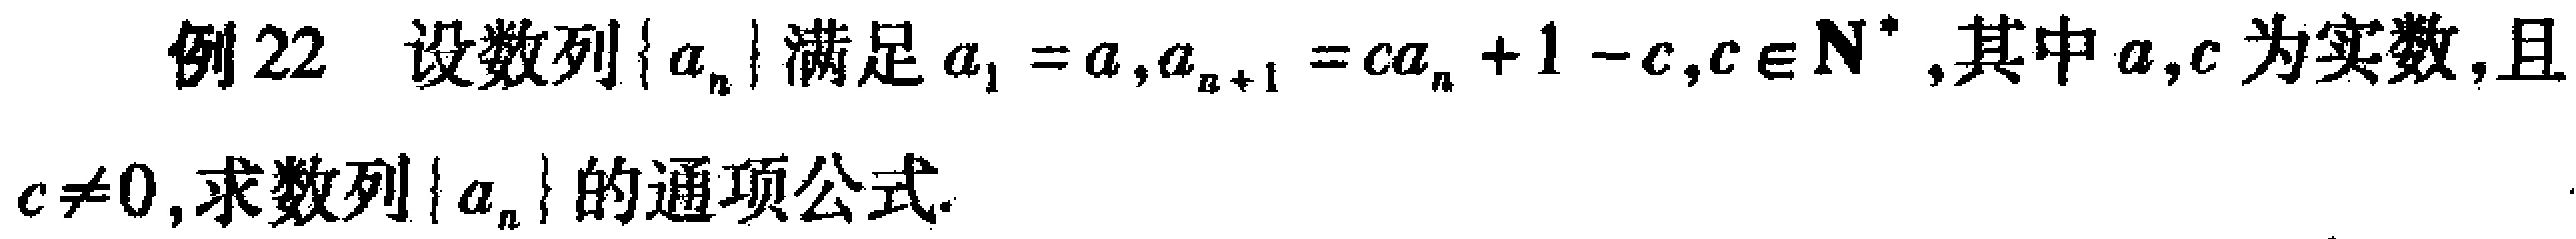
例22 设数列\(\{ a_{n}\}\)满足\(a_{1}=a,a_{n + 1}=ca_{n}+1 - c,c\in\mathbf{N}^{*}\),其中\(a,c\)为实数,且\(c\neq0\),求数列\(\{ a_{n}\}\)的通项公式.